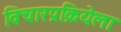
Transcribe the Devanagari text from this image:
विचारप्रक्रियेला